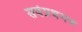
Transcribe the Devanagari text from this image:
सर्वप्रथमच